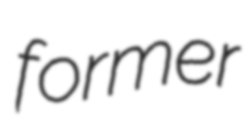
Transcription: former